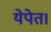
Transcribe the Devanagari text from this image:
येपेत।